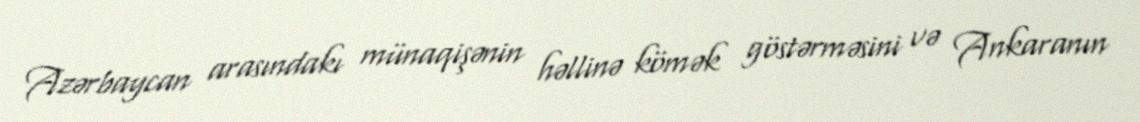
Azərbaycan arasındakı münaqişənin həllinə kömək göstərməsini və Ankaranın